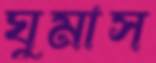
ঘুমাস